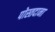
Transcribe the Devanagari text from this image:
पोस्तदाना